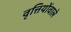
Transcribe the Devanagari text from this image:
वृत्तियोंवाले